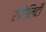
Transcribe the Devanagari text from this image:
रीऐलिटी